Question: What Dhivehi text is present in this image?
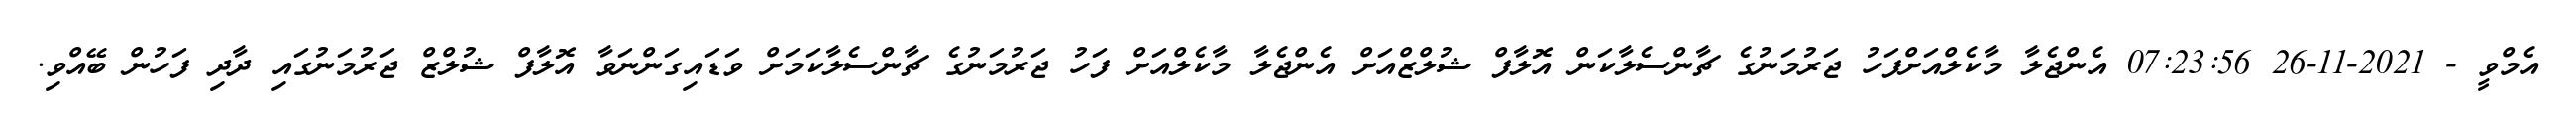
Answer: އެމްވީ - 2021-11-26 07:23:56 އެންޖެލާ މާކެލްއަށްފަހު ޖަރުމަނުގެ ޗާންސެލާކަން އޮލާފް ޝުލްޒްއަށް އެންޖެލާ މާކެލްއަށް ފަހު ޖަރުމަނުގެ ޗާންސެލާކަމަށް ވަޑައިގަންނަވާ އޮލާފް ޝުލްޒް ޖަރުމަނުގައި ދާދި ފަހުން ބޭއްވި.